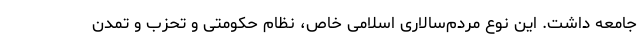
جامعه داشت. این نوع مردم‌سالاری اسلامی خاص، نظام حکومتی و تحزب و تمدن